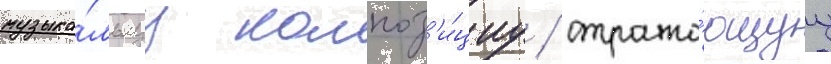
музыка́льнуу композ'и́циу / отража́ющуу